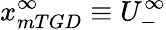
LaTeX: x_{mTGD}^{\infty}\equiv U_{-}^{\infty}